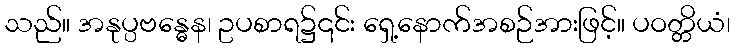
သည်။ အနုပ္ပဗန္ဓေန၊ ဥပစာရ၌၎င်း ရှေ့နောက်အစဉ်အားဖြင့်။ ပဝတ္တိယံ၊